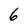
Character: 6